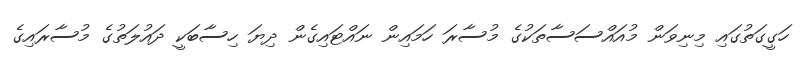
ހަގީގަތުގައި މިނިވަން މުއައްސަސާތަކުގެ މުސާރަ ހަމައިން ނައްޓައިގެން ދިޔަ ހިސާބަކީ ދައުލަތުގެ މުސާރައިގެ